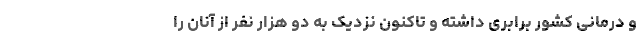
و درمانی کشور برابری داشته و تاکنون نزدیک به دو هزار نفر از آنان را